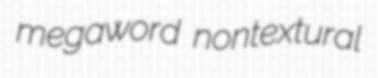
megaword nontextural